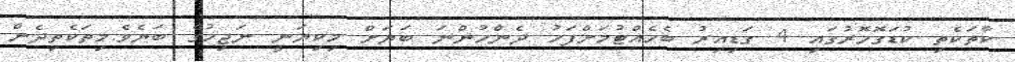
ކާތަކެތި ކުޑަގޮހޮރުގައި 4 ގަޑިއިރު ބެހެއްޓުމަށްފަހު ދެންހުންނަ ބަޔަށް މިކިޔަނީ ނަޖިހުގެ ބަޔެވެ.މިތަކެތިދެން